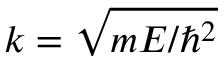
k = \sqrt { m E / \hbar ^ { 2 } }